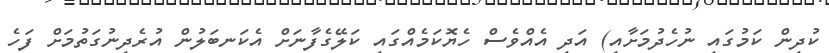
ކުދިން ކަމުގައި ނުހެދުމަށާއި) އަދި އެއްވެސް ހެޔޮކަމެއްގައި ކަލޭގެފާނަށް އެކަނބަލުން އުރެދިނުގަތުމަށް ފަހެ